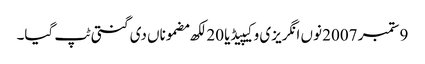
9 ستمبر 2007 نوں انگریزی وکیپیڈیا 20 لکھ مضموناں دی گنتی ٹپ گیا۔